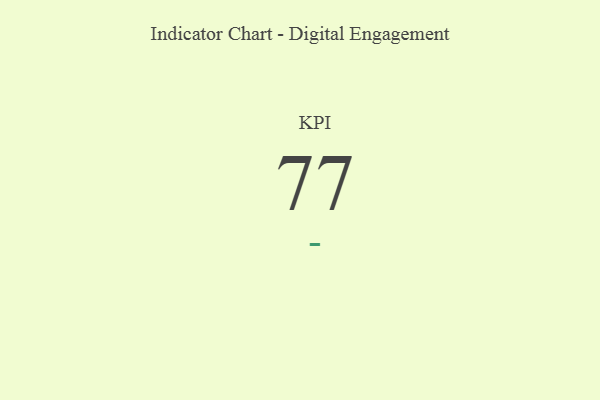
{"axis": {"x": "KPI", "y": "Value"}, "legend": [""], "data": [{"x": "KPI", "y": 77, "type": ""}]}